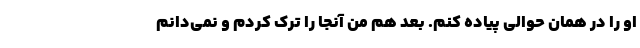
او را در همان حوالی پیاده کنم. بعد هم من آنجا را ترک کردم و نمی‌دانم